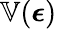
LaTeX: \mathbb{V}(\boldsymbol\epsilon)